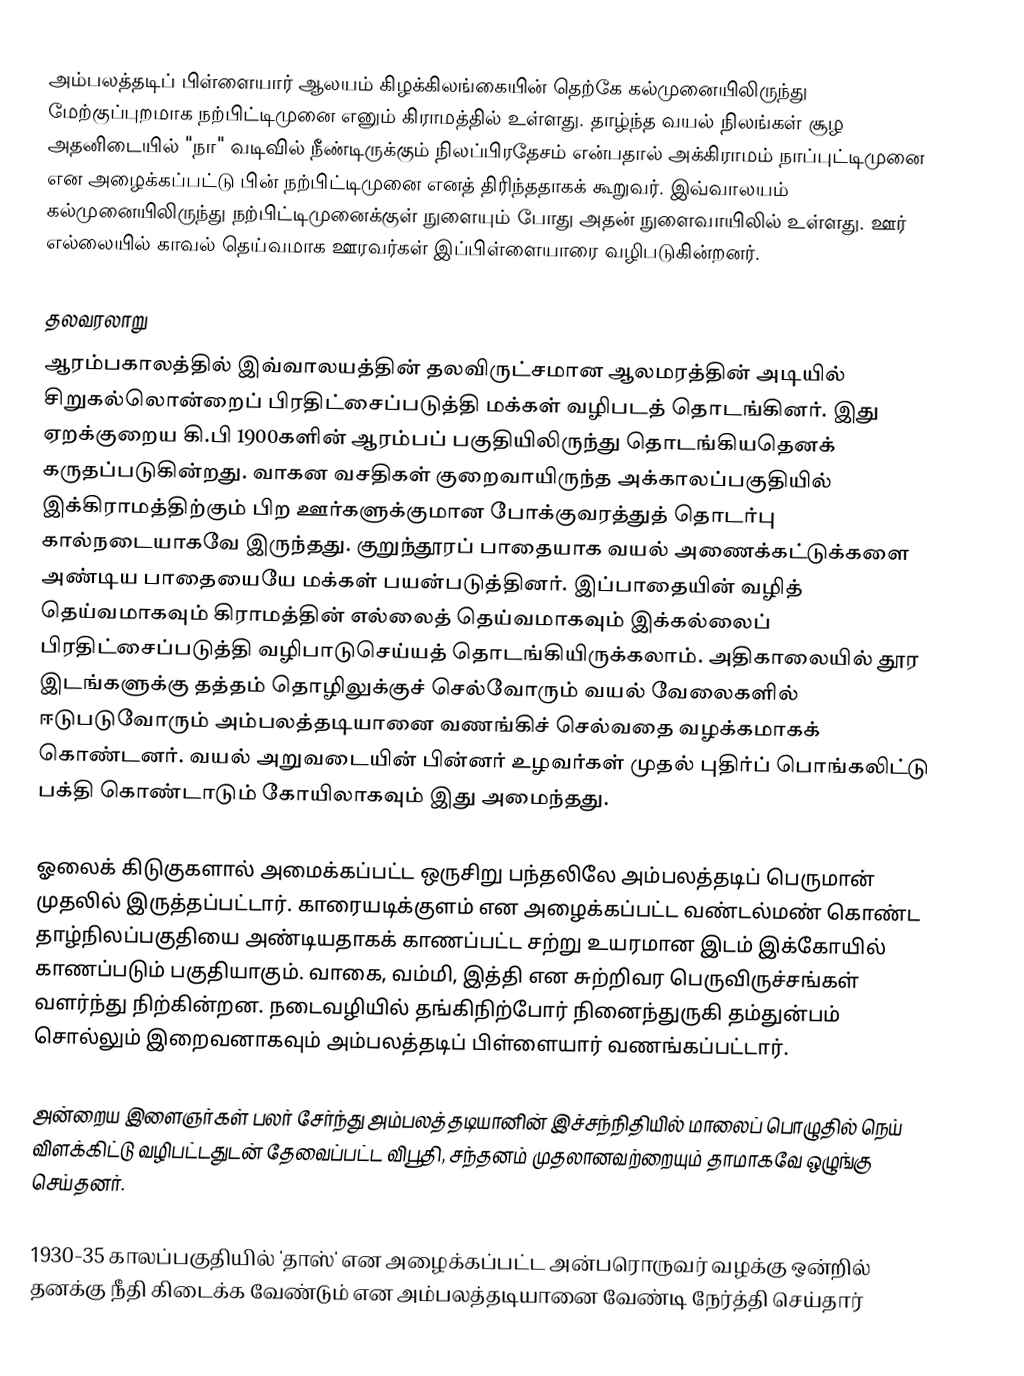
அம்பலத்தடிப் பிள்ளையார் ஆலயம் கிழக்கிலங்கையின் தெற்கே கல்முனையிலிருந்து மேற்குப்புறமாக நற்பிட்டிமுனை எனும் கிராமத்தில் உள்ளது. தாழ்ந்த வயல் நிலங்கள் சூழ அதனிடையில் "நா" வடிவில் நீண்டிருக்கும் நிலப்பிரதேசம் என்பதால் அக்கிராமம் நாப்புட்டிமுனை என அழைக்கப்பட்டு  பின் நற்பிட்டிமுனை எனத் திரிந்ததாகக் கூறுவர். இவ்வாலயம் கல்முனையிலிருந்து நற்பிட்டிமுனைக்குள் நுளையும் போது அதன் நுளைவாயிலில் உள்ளது. ஊர் எல்லையில் காவல் தெய்வமாக ஊரவர்கள் இப்பிள்ளையாரை வழிபடுகின்றனர்.

தலவரலாறு
ஆரம்பகாலத்தில் இவ்வாலயத்தின் தலவிருட்சமான ஆலமரத்தின் அடியில் சிறுகல்லொன்றைப் பிரதிட்சைப்படுத்தி  மக்கள் வழிபடத் தொடங்கினர். இது ஏறக்குறைய கி.பி 1900களின் ஆரம்பப் பகுதியிலிருந்து தொடங்கியதெனக் கருதப்படுகின்றது. வாகன வசதிகள் குறைவாயிருந்த அக்காலப்பகுதியில் இக்கிராமத்திற்கும் பிற ஊர்களுக்குமான போக்குவரத்துத் தொடர்பு கால்நடையாகவே இருந்தது. குறுந்தூரப் பாதையாக வயல் அணைக்கட்டுக்களை அண்டிய பாதையையே மக்கள் பயன்படுத்தினர். இப்பாதையின் வழித் தெய்வமாகவும் கிராமத்தின் எல்லைத் தெய்வமாகவும் இக்கல்லைப் பிரதிட்சைப்படுத்தி வழிபாடுசெய்யத் தொடங்கியிருக்கலாம். அதிகாலையில் தூர இடங்களுக்கு தத்தம் தொழிலுக்குச் செல்வோரும் வயல் வேலைகளில் ஈடுபடுவோரும் அம்பலத்தடியானை வணங்கிச் செல்வதை வழக்கமாகக் கொண்டனர். வயல் அறுவடையின் பின்னர் உழவர்கள் முதல் புதிர்ப் பொங்கலிட்டு பக்தி கொண்டாடும் கோயிலாகவும் இது அமைந்தது.

ஓலைக் கிடுகுகளால் அமைக்கப்பட்ட ஒருசிறு பந்தலிலே அம்பலத்தடிப் பெருமான் முதலில் இருத்தப்பட்டார். காரையடிக்குளம் என அழைக்கப்பட்ட வண்டல்மண் கொண்ட தாழ்நிலப்பகுதியை அண்டியதாகக் காணப்பட்ட சற்று உயரமான இடம் இக்கோயில் காணப்படும் பகுதியாகும். வாகை, வம்மி, இத்தி என சுற்றிவர பெருவிருச்சங்கள் வளர்ந்து நிற்கின்றன. நடைவழியில் தங்கிநிற்போர் நினைந்துருகி தம்துன்பம் சொல்லும் இறைவனாகவும் அம்பலத்தடிப் பிள்ளையார் வணங்கப்பட்டார்.

அன்றைய இளைஞர்கள் பலர் சேர்ந்து அம்பலத்தடியானின் இச்சந்நிதியில் மாலைப் பொழுதில் நெய் விளக்கிட்டு வழிபட்டதுடன் தேவைப்பட்ட விபூதி, சந்தனம் முதலானவற்றையும் தாமாகவே ஒழுங்கு செய்தனர்.

1930-35 காலப்பகுதியில் 'தாஸ்' என அழைக்கப்பட்ட அன்பரொருவர் வழக்கு ஒன்றில் தனக்கு நீதி கிடைக்க வேண்டும் என அம்பலத்தடியானை வேண்டி நேர்த்தி செய்தார்